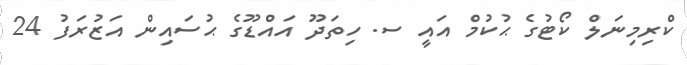
ކްރިމިނަލް ކޯޓުގެ ޙުކުމް އައީ ސ. ހިތަދޫ އައްޑޫގެ ޙުސައިން އަޒުރަފު 24